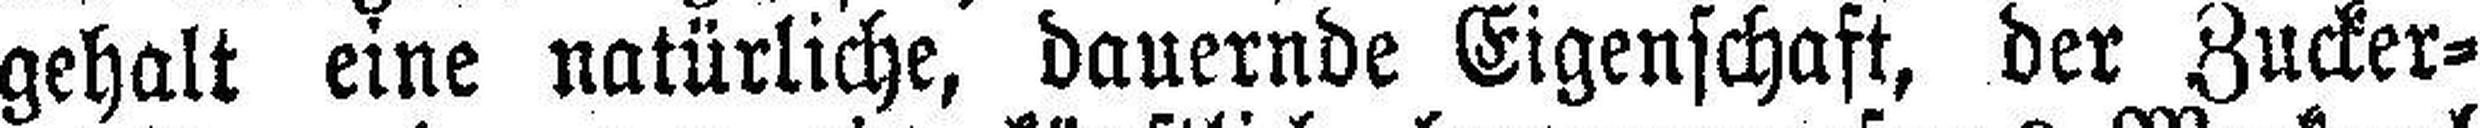
gehalt eine natürliche, dauernde Eigenschaft, der Zucker¬